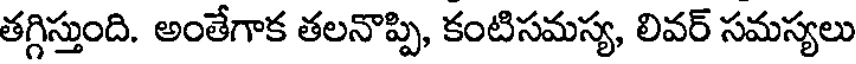
తగ్గిస్తుంది. అంతేగాక తలనొప్పి, కంటిసమస్య, లివర్ సమస్యలు